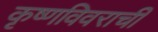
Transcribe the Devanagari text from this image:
कृष्णविवराची